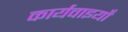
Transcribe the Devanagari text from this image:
कार्यवाइयाँ